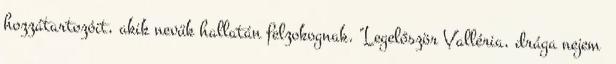
hozzátartozóit, akik nevük hallatán felzokognak. "Legelőször Valléria, drága nejem